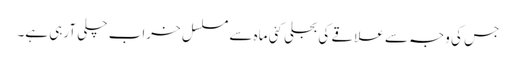
جس کی وجہ سے علاقے کی بجلی کئی ماہ سے مسلسل خراب چلی آرہی ہے۔